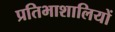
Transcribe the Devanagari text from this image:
प्रतिभाशालियों